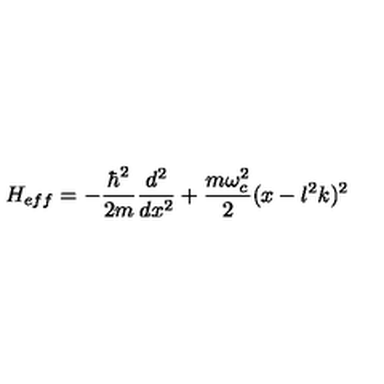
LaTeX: H _ { e f f } = - \frac { \hbar ^ { 2 } } { 2 m } \frac { d ^ { 2 } } { d x ^ { 2 } } + \frac { m \omega _ { c } ^ { 2 } } { 2 } ( x - l ^ { 2 } k ) ^ { 2 }